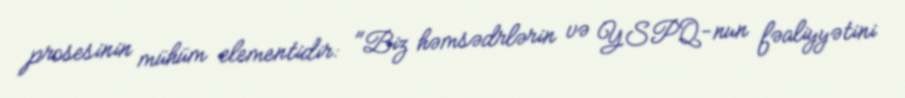
prosesinin mühüm elementidir: "Biz həmsədrlərin və YSPQ-nun fəaliyyətini